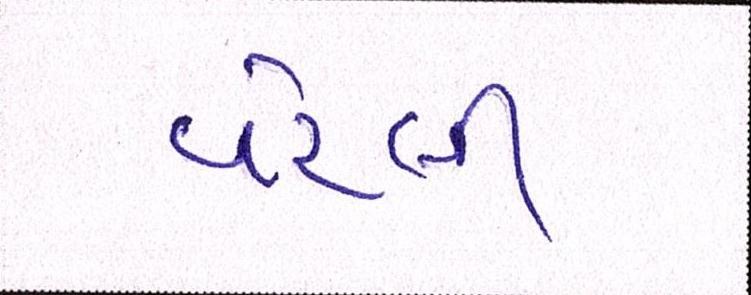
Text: વરેલી